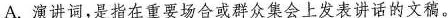
B.《最后一次讲演》的作者闻一多是著名的诗人、学者、民主战士。